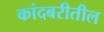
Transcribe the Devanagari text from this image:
कांदबरीतील